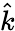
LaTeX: \hat{k}